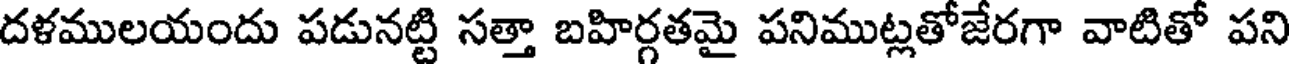
దళములయందు పడునట్టి సత్తా బహిర్గతమై పనిముట్లతోజేరగా వాటితో పని